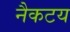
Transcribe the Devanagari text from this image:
नैकटय